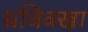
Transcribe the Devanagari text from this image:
सविक्खा